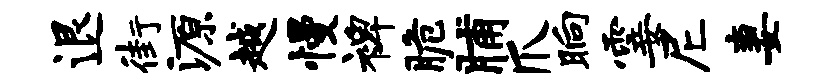
退街源越慢裨脆脯爪晌霎尼妻